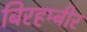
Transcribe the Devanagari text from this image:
बिरहम्बीर